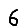
Digit: 6